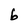
Character: b